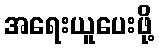
အရေးယူပေးဖို့